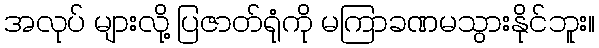
အလုပ် များလို့ ပြဇာတ်ရုံကို မကြာခဏမသွားနိုင်ဘူး။